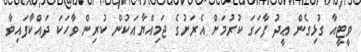
ވީޓީއާ ގުޅިގެން ޢީދު ފާހަގަ ކުރުމަށް އެރަށުގެ ޖަމިއްޔާއަކުން ކުރިން ވާހަކަ ދައްކާފައިވާ